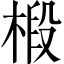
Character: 椴